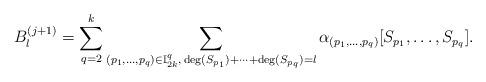
LaTeX: \begin{align*} B_l^{(j+1)}=\sum_{q=2}^k\sum_{(p_1,\dots,p_q)\in\mathbb{I}_{2k}^q,\, \deg(S_{p_1})+\cdots+\deg(S_{p_q})=l}\alpha_{(p_1,\dots,p_q)}[S_{p_1},\dots,S_{p_q}]. \end{align*}